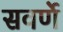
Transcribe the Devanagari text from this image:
सवर्णे